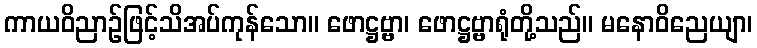
ကာယဝိညာဉ်ဖြင့်သိအပ်ကုန်သော။ ဖောဋ္ဌဗ္ဗာ၊ ဖောဋ္ဌဗ္ဗာရုံတို့သည်။ မနောဝိညေယျာ၊